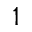
\mathbb { 1 }